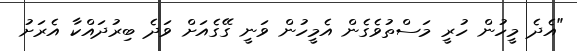
"އެދެ މީހުން ހުރީ މަސްތުވެގެން އެމީހުން ވަނީ ގޭގެއަށް ވަދެ ބިރުދައްކާ އެރަށު